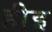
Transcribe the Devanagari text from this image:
हीइ